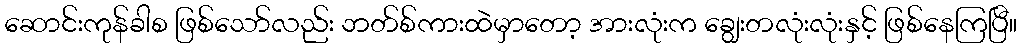
ဆောင်းကုန်ခါစ ဖြစ်သော်လည်း ဘတ်စ်ကားထဲမှာတော့ အားလုံးက ချွေးတလုံးလုံးနှင့် ဖြစ်နေကြပြီ။